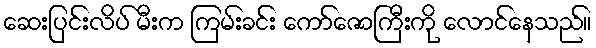
ဆေးပြင်းလိပ် မီးက ကြမ်းခင်း ကော်ဇောကြီးကို လောင်နေသည်။